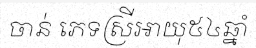
ចាន់ ភេទស្រីអាយុ៥៤ឆ្នាំ